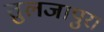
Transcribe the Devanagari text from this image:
तुलजापुर।